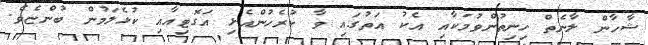
ޝާހާން ލާނެތް ހިނިތުންވުމަކާއި އެކު އަތުގައި ވާ ކުރެހުންއެޅި އަގޮޓިއާއި ކުޅެލަމުން ބުންޏެވެ.